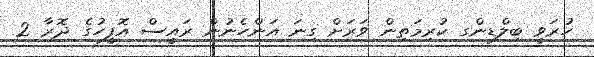
ހުރަވީ ބިލްޑިންގ ކުރިމަތިން ވަރަށް ގިނަ އަންހެނުން ރައީސް އޮފީހުގެ ދޮރާ 2